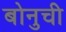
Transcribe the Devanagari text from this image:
बोनुची